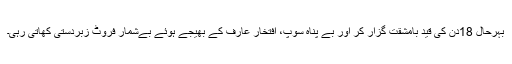
بہرحال 18دن کی قید بامشقت گزار کر اور بے پناہ سوپ، افتخار عارف کے بھیجے ہوئے بےشمار فروٹ زبردستی کھاتی رہی۔